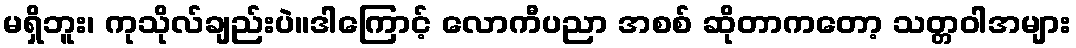
မရှိဘူး၊ ကုသိုလ်ချည်းပဲ။ဒါကြောင့် လောကီပညာ အစစ် ဆိုတာကတော့ သတ္တဝါအများ